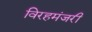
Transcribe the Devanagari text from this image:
विरहमंजरी